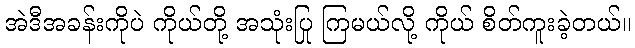
အဲဒီအခန်းကိုပဲ ကိုယ်တို့ အသုံးပြု ကြမယ်လို့ ကိုယ် စိတ်ကူးခဲ့တယ်။